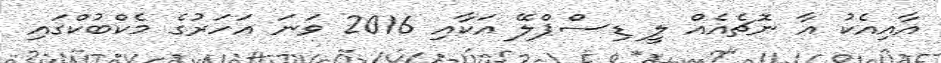
އާއިއެކު އާ ނޮޗެއެއް ލީ ޑިސްޕްލޭ އަކާއި 2016 ވަނަ އަހަރުގެ މެކްބުކްގައި